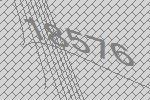
18576